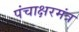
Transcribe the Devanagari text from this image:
पंचाक्षरमंत्र